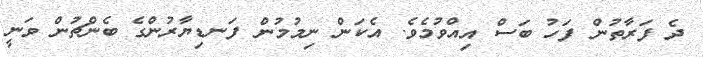
ދެ ފަރާތުން ފަހު ބަސް އިއްވުމެވެ. އެކަން ނިމުމުން ފަނޑިޔާރުންގެ ބެންޗުން ވަނީ